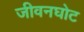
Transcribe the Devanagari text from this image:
जीवनघोट